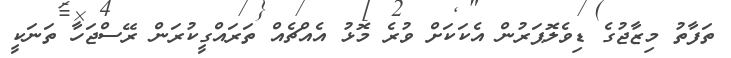
ތަފާތު މިޒާޖުގެ ޑިވެލޮޕަރުން އެކަކަށް ވުރެ މޮޅު އެއްޗެއް ތަރައްގީކުރަން ރޭސްޖަހާ ތަނަކީ